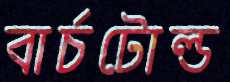
বার্চটোল্ড